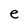
Character: e